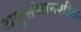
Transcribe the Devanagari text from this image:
अनुसंधानशील